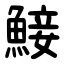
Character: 鯜